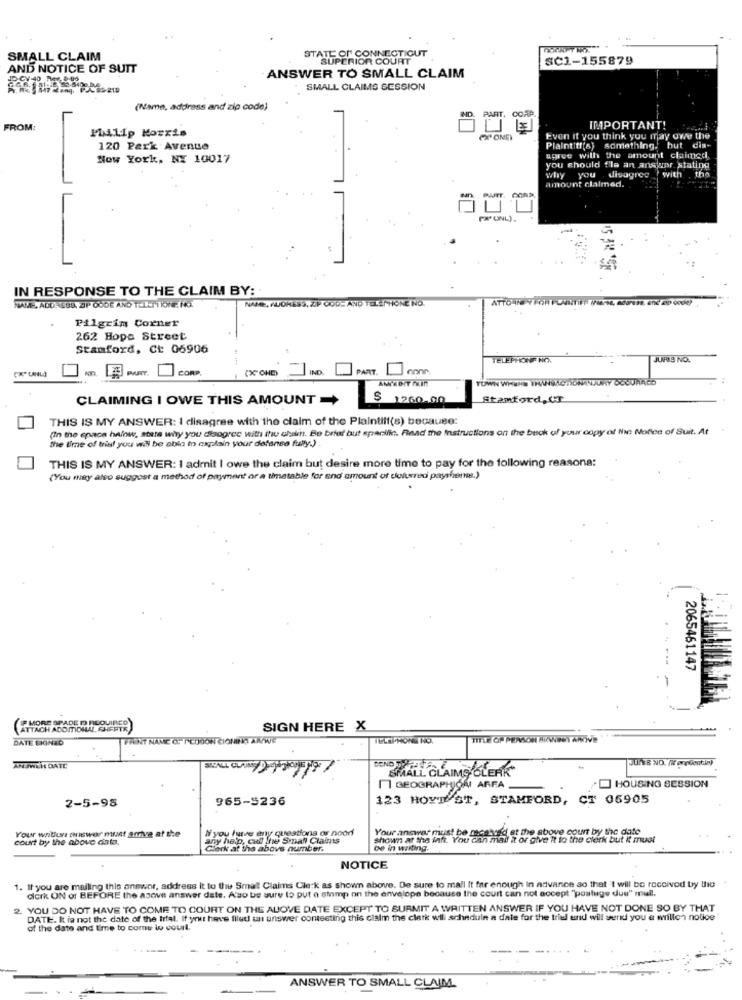
STATE OF CONNECTICUT
SMALL CLAIM
RIOR COURT
SC1-155879
AND NOTICE OF SUIT
ANSWER TO SMALL CLAIM
SMALL CLAIMS SESSION
(Name, address and zip code)
PART. CORP.
FROM:
Philip Morris
IMPORTANT!
Even if you think you may owe the
120 Park Avenue
Plaintiff(s) something, but dis-
Now York, NY 10017
agree with the amount claimed
you should fla an answer stating
why you disagree { with .
amount claimed.
PART. COND.
PAUNL).
IN RESPONSE TO THE CLAIM BY:
NALE, AUDRESS, ZIP CODE AND TEK PHONE NO.
RAM, ADORESA, ZIP CODE AND TELEM KINE. NO.
Pilgrim Corner
262 Hope Street
Stamford, Ct: 06906
TELEPHONE NO.
JURIS NO.
mn. PART.
COR
(X"ONE)
IND
PART.
TOWN WHERE TRANSACTIONANEURY DOUUNAÉS
CLAIMING I OWE THIS AMOUNT -
1260.00
Stamford,CT
THIS IS MY ANSWER: I disagree with the claim of the Plaintiff(s) because:
(In the epace halow, stets why you disagree with the chain. Be brief but specific. Read me Instructions on the buck of your copy of Nie Nofen of Suit. At
the Emne of trial you will be abla to explain your defansa fully.) .
THIS IS MY ANSWER: I admit I owe the claim but desire more time to pay for the following reasona:
(You may also suggest a method of payment or a timetable for and amount of dolured payshere.)
2065461147
-
MORE SPADE ( REQUIRED)
SIGN HERE X
DATE SIGNED
PRINT NAME O. INCODON ČIOMINO ANWE
TITLE CA PERSON ARWEGY ANIVI
ANJWEHE DATE
SIVALL CLAIMS
DENDCLAIMS
CLAIMS CLERK
11 GEOGRAPHJOMI ARFA
HOUSING SESSION
2-5-98
965-5236
123 HOYTO ST, STAMFORD, CT 06905
Your wniUlus crewor muset andve at the
If you have any questions or noori
Your answer must be received at the above court by the date
court by the above data.
any help, cult the Small Claims
shown at the laft. You can mail it or give it to the clerk but it must
Clark at the above number.
be in writing.
NOTICE
1. If you are mailing this anewor, address it to the Smat Claims Clerk as shown above. De sure to mall It far enough In advance ao that 't will be received by the
dicrk ON of BEFORE the above answer date. Also be sure to put e stump on the envelope because the court can not accept "postuge dus" mull.
2. YOU DO NOT HAVE TO COME TO COURT ON THE ALOVE DATE EXCEPT TO SURMIT A WRITTEN ANSWER IF YOU HAVE NOT DONE SO BY THAT
DATE. It is not the date of the trial. If yout have filed an answer contesting this claim the clerk will schedule a date for the trial und will send you a willen notice
of the date and time to come lo courl.
ANSWER TO SMALL CLAIM.